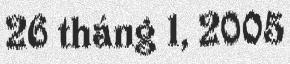
26 tháng 1, 2005